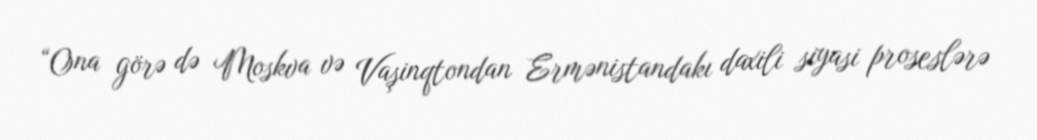
“Ona görə də Moskva və Vaşinqtondan Ermənistandakı daxili siyasi proseslərə